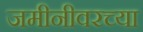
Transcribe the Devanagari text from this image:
जमीनीवरच्या